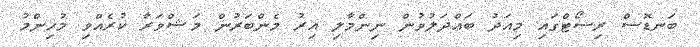
ބަނޑޮސް ރިސޯޓްގައި މިއަދު ބައްދަލުވުން ނިންމާލި އިރު މެންބަރުން މަޝްވަރާ ކުރެއްވި މުހިންމު